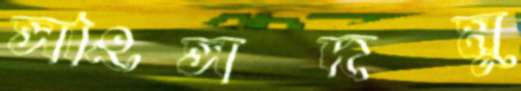
সাংসদমু